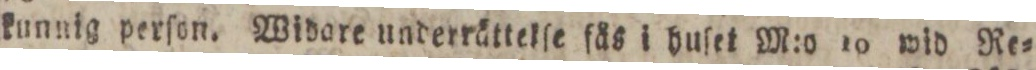
kunnig perſon. Widare underrättelſe fås i huſet M:o 10 wid Re=